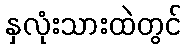
နှလုံးသားထဲတွင်